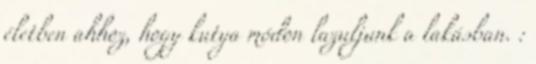
életben ahhoz, hogy kutya módon lazuljunk a lakásban. :